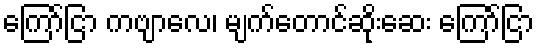
ကြော်ငြာ ကဗျာလေ၊ မျက်တောင်ဆိုးဆေး ကြော်ငြာ